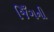
જિઁગની